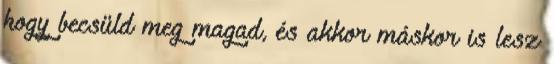
hogy becsüld meg magad, és akkor máskor is lesz